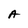
Character: A